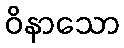
ဝိနာသော